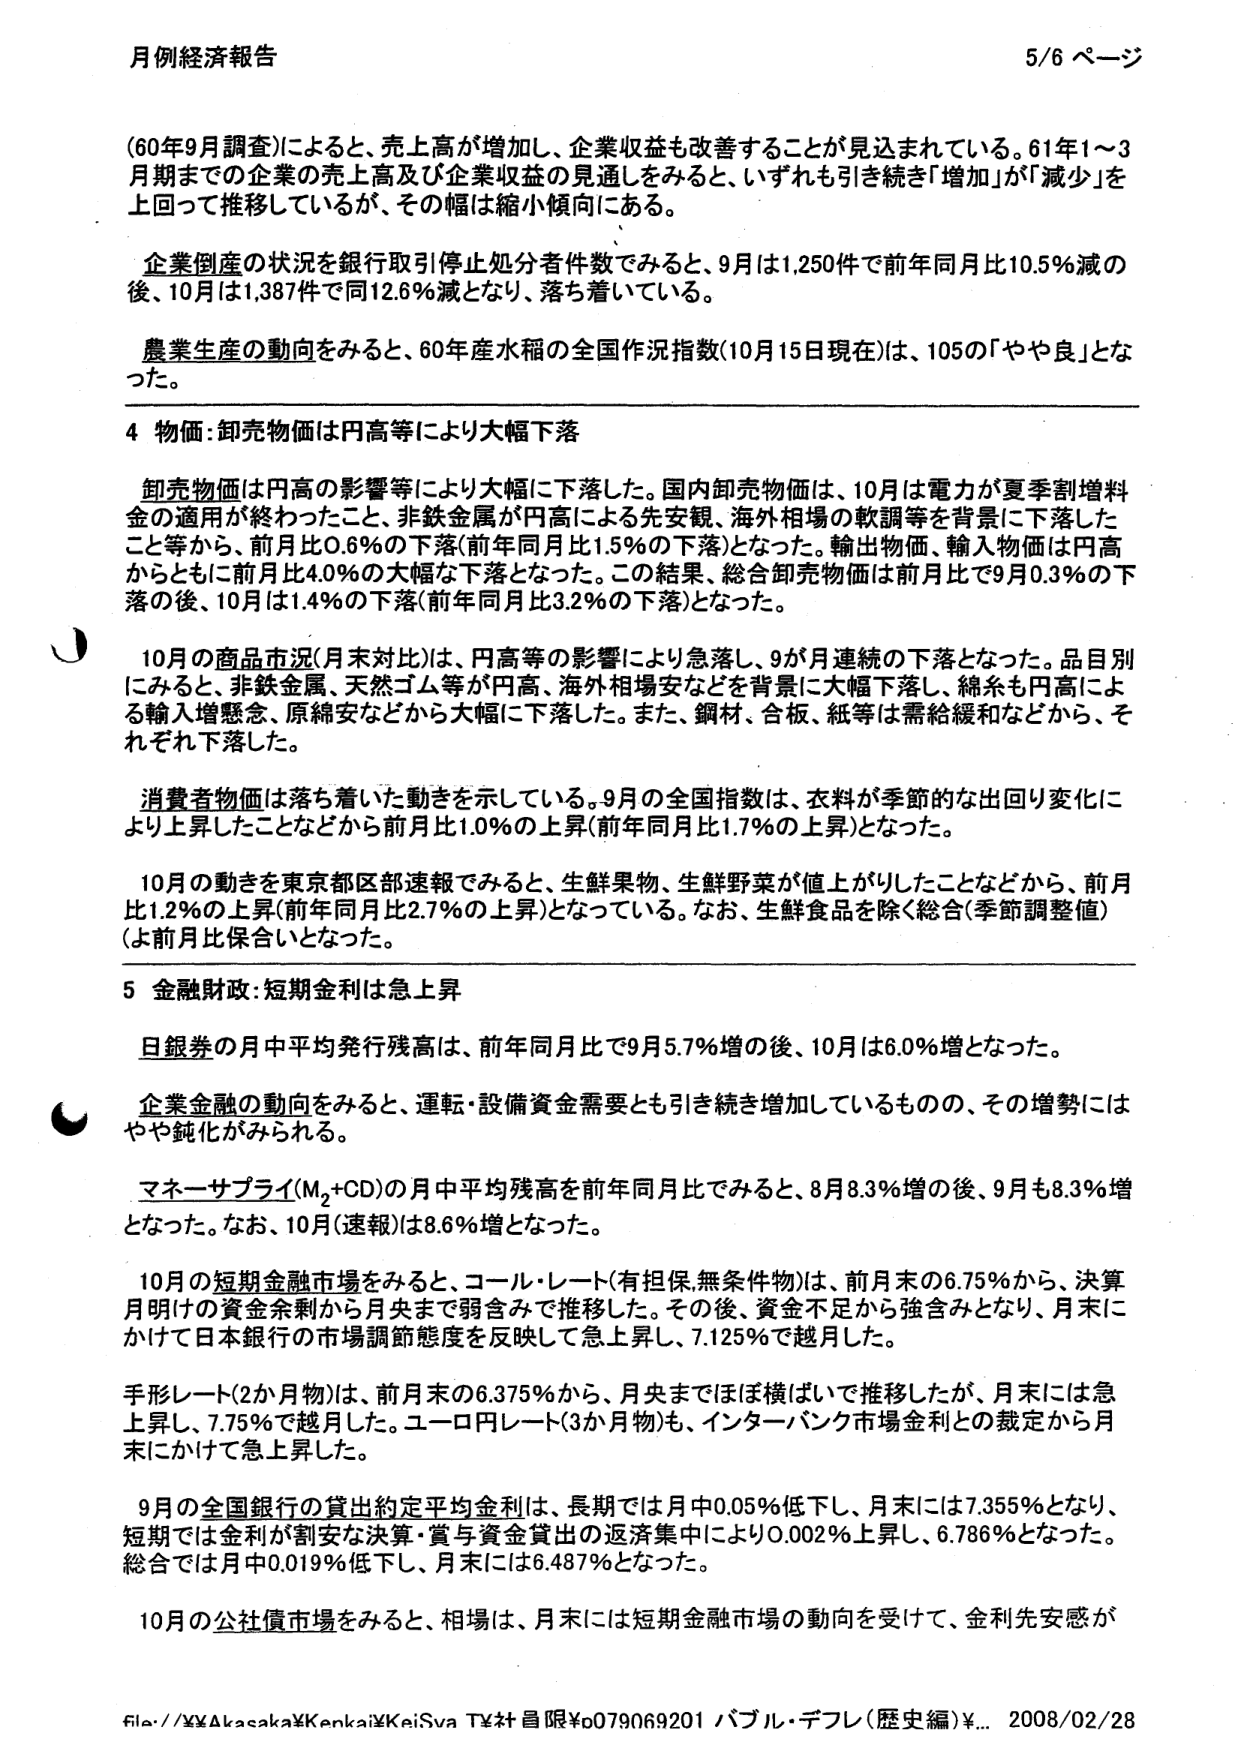
月例経済報告 5/6 ページ

(60年9月調査)によると、売上高が増加し、企業収益も改善することが見込まれている。61年1～3月期までの企業の売上高及び企業収益の見通しをみると、いずれも引き続き「増加」が「減少」を上回って推移しているが、その幅は縮小傾向にある。

企業倒産の状況を銀行取引停止処分者件数でみると、9月は1,250件で前年同月比10.5%減の後、10月は1,387件で同12.6%減となり、落ち着いている。

農業生産の動向をみると、60年産水稻の全国作況指数(10月15日現在)は、105の「やや良」となった。

4 物価：卸売物価は円高等により大幅下落

卸売物価は円高の影響等により大幅に下落した。国内卸売物価は、10月は電力が夏季割増料金の適用が終わったこと、非鉄金属が円高による先安観、海外相場の軟調等を背景に下落したこと等から、前月比0.6%の下落(前年同月比1.5%の下落)となった。輸出物価、輸入物価は円高からともに前月比4.0%の大幅な下落となった。この結果、総合卸売物価は前月比で9月0.3%の下落の後、10月は1.4%の下落(前年同月比3.2%の下落)となった。

10月の商品市況(月末対比)は、円高等の影響により急落し、9か月連続の下落となった。品目別にみると、非鉄金属、天然ゴム等が円高、海外相場安などを背景に大幅下落し、綿糸も円高による輸入増懸念、原綿安などから大幅に下落した。また、鋼材、合板、紙等は需給緩和などから、それぞれ下落した。

消費者物価は落ち着いた動きを示している。9月の全国指数は、衣料が季節的な出回り変化により上昇したことなどから前月比1.0%の上昇(前年同月比1.7%の上昇)となった。

10月の動きを東京都区部速報でみると、生鮮果物、生鮮野菜が値上がりしたことなどから、前月比1.2%の上昇(前年同月比2.7%の上昇)となっている。なお、生鮮食品を除く総合(季節調整値)(よ前月比保合いとなった。

5 金融財政：短期金利は急上昇

日銀券の月中平均発行残高は、前年同月比で9月5.7%増の後、10月は6.0%増となった。

企業金融の動向をみると、運転・設備資金需要とも引き続き増加しているものの、その増勢にはやや鈍化がみられる。

マネーサプライ(M₂+CD)の月中平均残高を前年同月比でみると、8月8.3%増の後、9月も8.3%増となった。なお、10月(速報)は8.6%増となった。

10月の短期金融市場をみると、コール・レート(有担保、無条件物)は、前月末の6.75%から、決算月明けの資金余剰から月央まで弱含みで推移した。その後、資金不足から強含みとなり、月末にかけて日本銀行の市場調節態度を反映して急上昇し、7.125%で越月した。

手形レート(2か月物)は、前月末の6.375%から、月央まではほぼ横ばいで推移したが、月末には急上昇し、7.75%で越月した。ユーロ円レート(3か月物)も、インターバンク市場金利との裁定から月末にかけて急上昇した。

9月の全国銀行の貸出約定平均金利は、長期では月中0.05%低下し、月末には7.355%となり、短期では金利が割安な決算・賞与資金貸出の返済集中により0.002%上昇し、6.786%となった。総合では月中0.019%低下し、月末には6.487%となった。

10月の公社債市場をみると、相場は、月末には短期金融市場の動向を受けて、金利先安感が

file://¥¥Akasaka¥Kenkai¥KeiSya TV社員限¥o79069201 バブル・デフレ(歴史編)¥... 2008/02/28